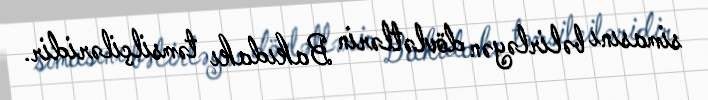
simasını bəlirləyən dövlətlərin Bakıdakı təmsilçiləridir.